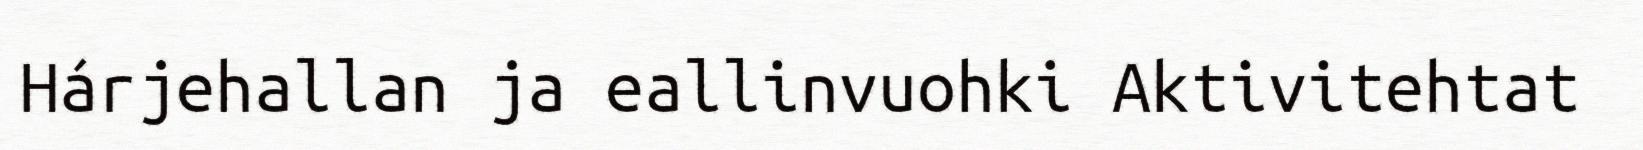
Hárjehallan ja eallinvuohki Aktivitehtat